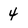
Character: 4